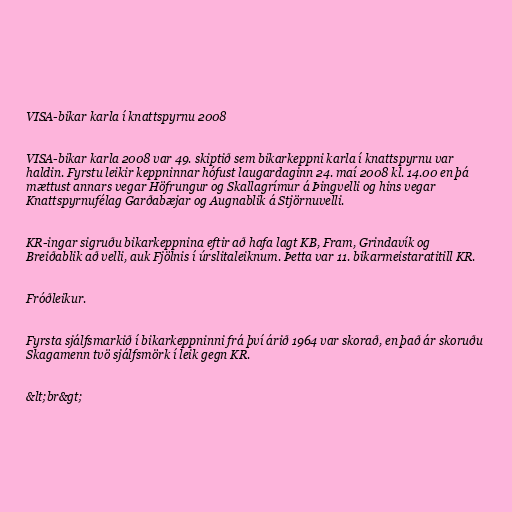
VISA-bikar karla í knattspyrnu 2008

VISA-bikar karla 2008 var 49. skiptið sem bikarkeppni karla í knattspyrnu var
haldin. Fyrstu leikir keppninnar hófust laugardaginn 24. maí 2008 kl. 14.00 en þá
mættust annars vegar Höfrungur og Skallagrímur á Þingvelli og hins vegar
Knattspyrnufélag Garðabæjar og Augnablik á Stjörnuvelli.

KR-ingar sigruðu bikarkeppnina eftir að hafa lagt KB, Fram, Grindavík og
Breiðablik að velli, auk Fjölnis í úrslitaleiknum. Þetta var 11. bikarmeistaratitill KR.

Fróðleikur.

Fyrsta sjálfsmarkið í bikarkeppninni frá því árið 1964 var skorað, en það ár skoruðu
Skagamenn tvö sjálfsmörk í leik gegn KR.

&lt;br&gt;